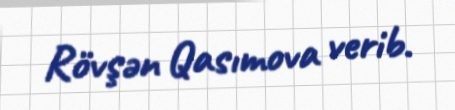
Rövşən Qasımova verib.